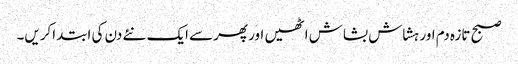
صبح تازہ دم اور ہشاش بشاش اٹھیں اور پھرسے ایک نئے دن کی ابتداکریں۔